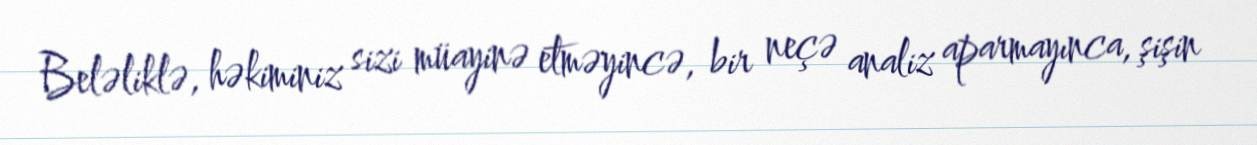
Beləliklə, həkiminiz sizi müayinə etməyincə, bir neçə analiz aparmayınca, şişin